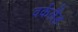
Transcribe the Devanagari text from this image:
वर्कलैंड